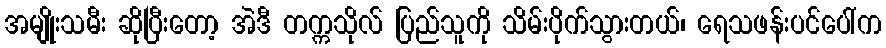
အမျိုးသမီး ဆိုပြီးတော့ အဲဒီ တက္ကသိုလ် ပြည်သူကို သိမ်းပိုက်သွားတယ်၊ ရေသဖန်းပင်ပေါ်က